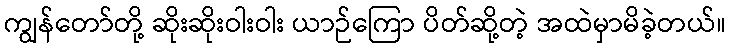
ကျွန်တော်တို့ ဆိုးဆိုးဝါးဝါး ယာဉ်ကြော ပိတ်ဆို့တဲ့ အထဲမှာမိခဲ့တယ်။